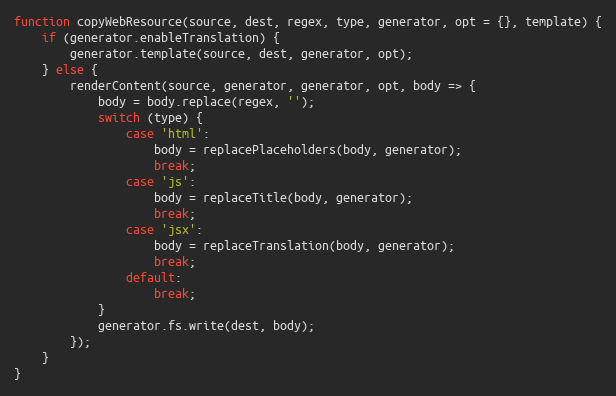
Language: JavaScript
function copyWebResource(source, dest, regex, type, generator, opt = {}, template) {
    if (generator.enableTranslation) {
        generator.template(source, dest, generator, opt);
    } else {
        renderContent(source, generator, generator, opt, body => {
            body = body.replace(regex, '');
            switch (type) {
                case 'html':
                    body = replacePlaceholders(body, generator);
                    break;
                case 'js':
                    body = replaceTitle(body, generator);
                    break;
                case 'jsx':
                    body = replaceTranslation(body, generator);
                    break;
                default:
                    break;
            }
            generator.fs.write(dest, body);
        });
    }
}